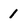
Character: 1